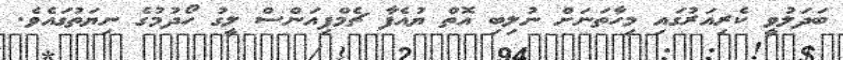
ބަދަލުވީ ކެރިއަރުގައި މިހާތަނަށް ނުލިބި އޮތް ޔުއެފާ ޗެމްޕިއަންސް ލީގު ހޯދުމުގެ ނިޔަތުގައެވެ.